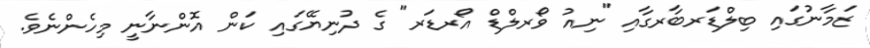
ޒަމާނުގައި ބިލްޑަރބާރގާއި "ނިއު ވޯރލްޑް އޯރޑަރ" ގެ ދުނިޔޭގައި ކަން އޮންނާނީ މިހެންނެވެ.